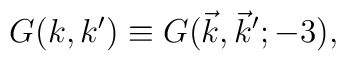
G(k, k^{\prime}) \equiv G(\vec{k},\vec{k}^{\prime};-3),